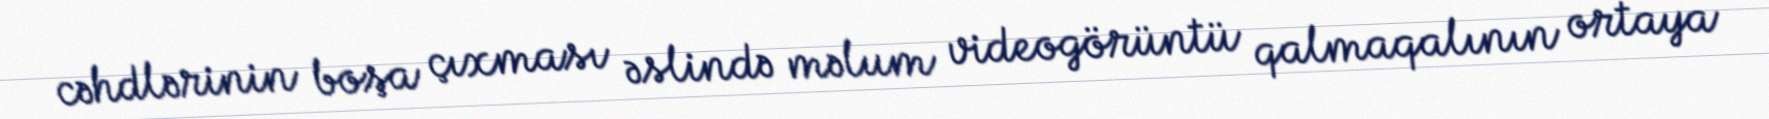
cəhdlərinin boşa çıxması əslində məlum videogörüntü qalmaqalının ortaya